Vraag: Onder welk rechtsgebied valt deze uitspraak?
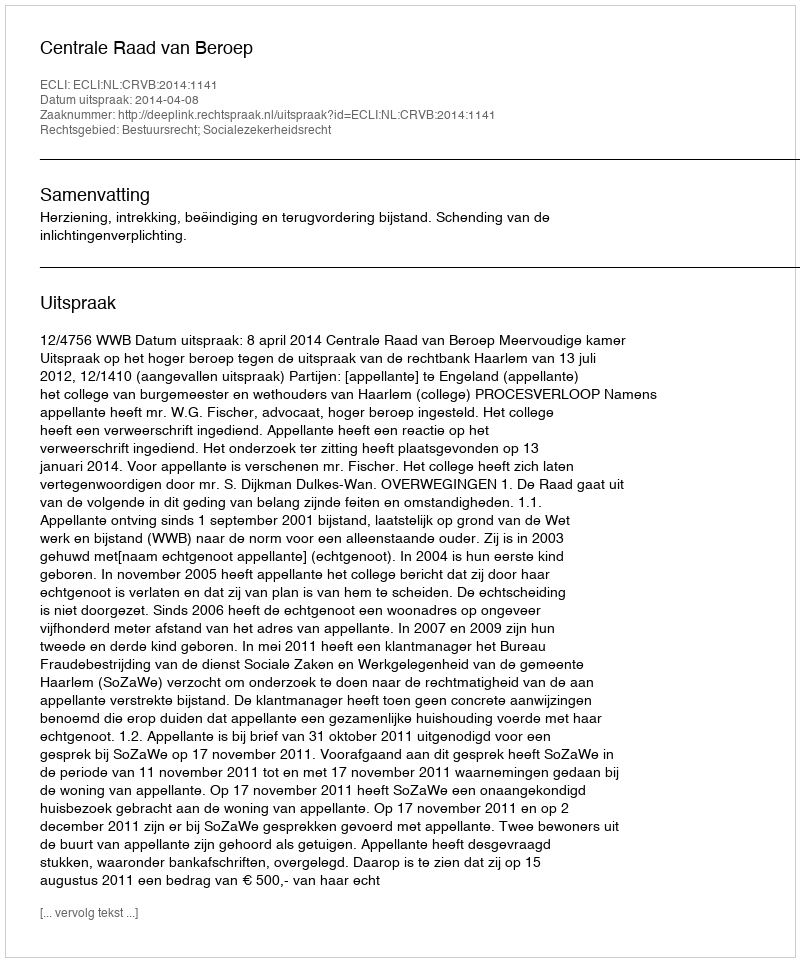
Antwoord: Bestuursrecht; Socialezekerheidsrecht